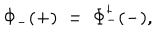
LaTeX: \Phi _ { - } ( + ) \; = \; \Phi _ { - } ^ { \dagger } ( - ) ,